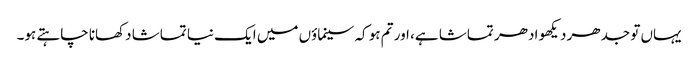
یہاں تو جدھر دیکھو ادھر تماشا ہے، اور تم ہو کہ سینماؤں میں ایک نیا تماشا دکھانا چاہتے ہو۔